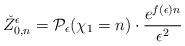
LaTeX: \begin{align*}\check{Z}^{\epsilon}_{0,n}= \mathcal{P}_{\epsilon}(\chi_1=n) \cdot \frac{e^{f(\epsilon)n}}{\epsilon^2}\end{align*}